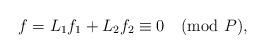
LaTeX: \begin{align*}f = L_1 f_1 + L_2 f_2 \equiv 0 \pmod{P},\end{align*}